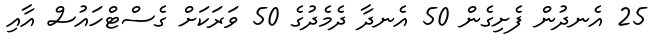
25 އެނދުން ފެށިގެން 50 އެނދާ ދެމެދުގެ 50 ވަރަކަށް ގެސްޓްހައުސް އާއި